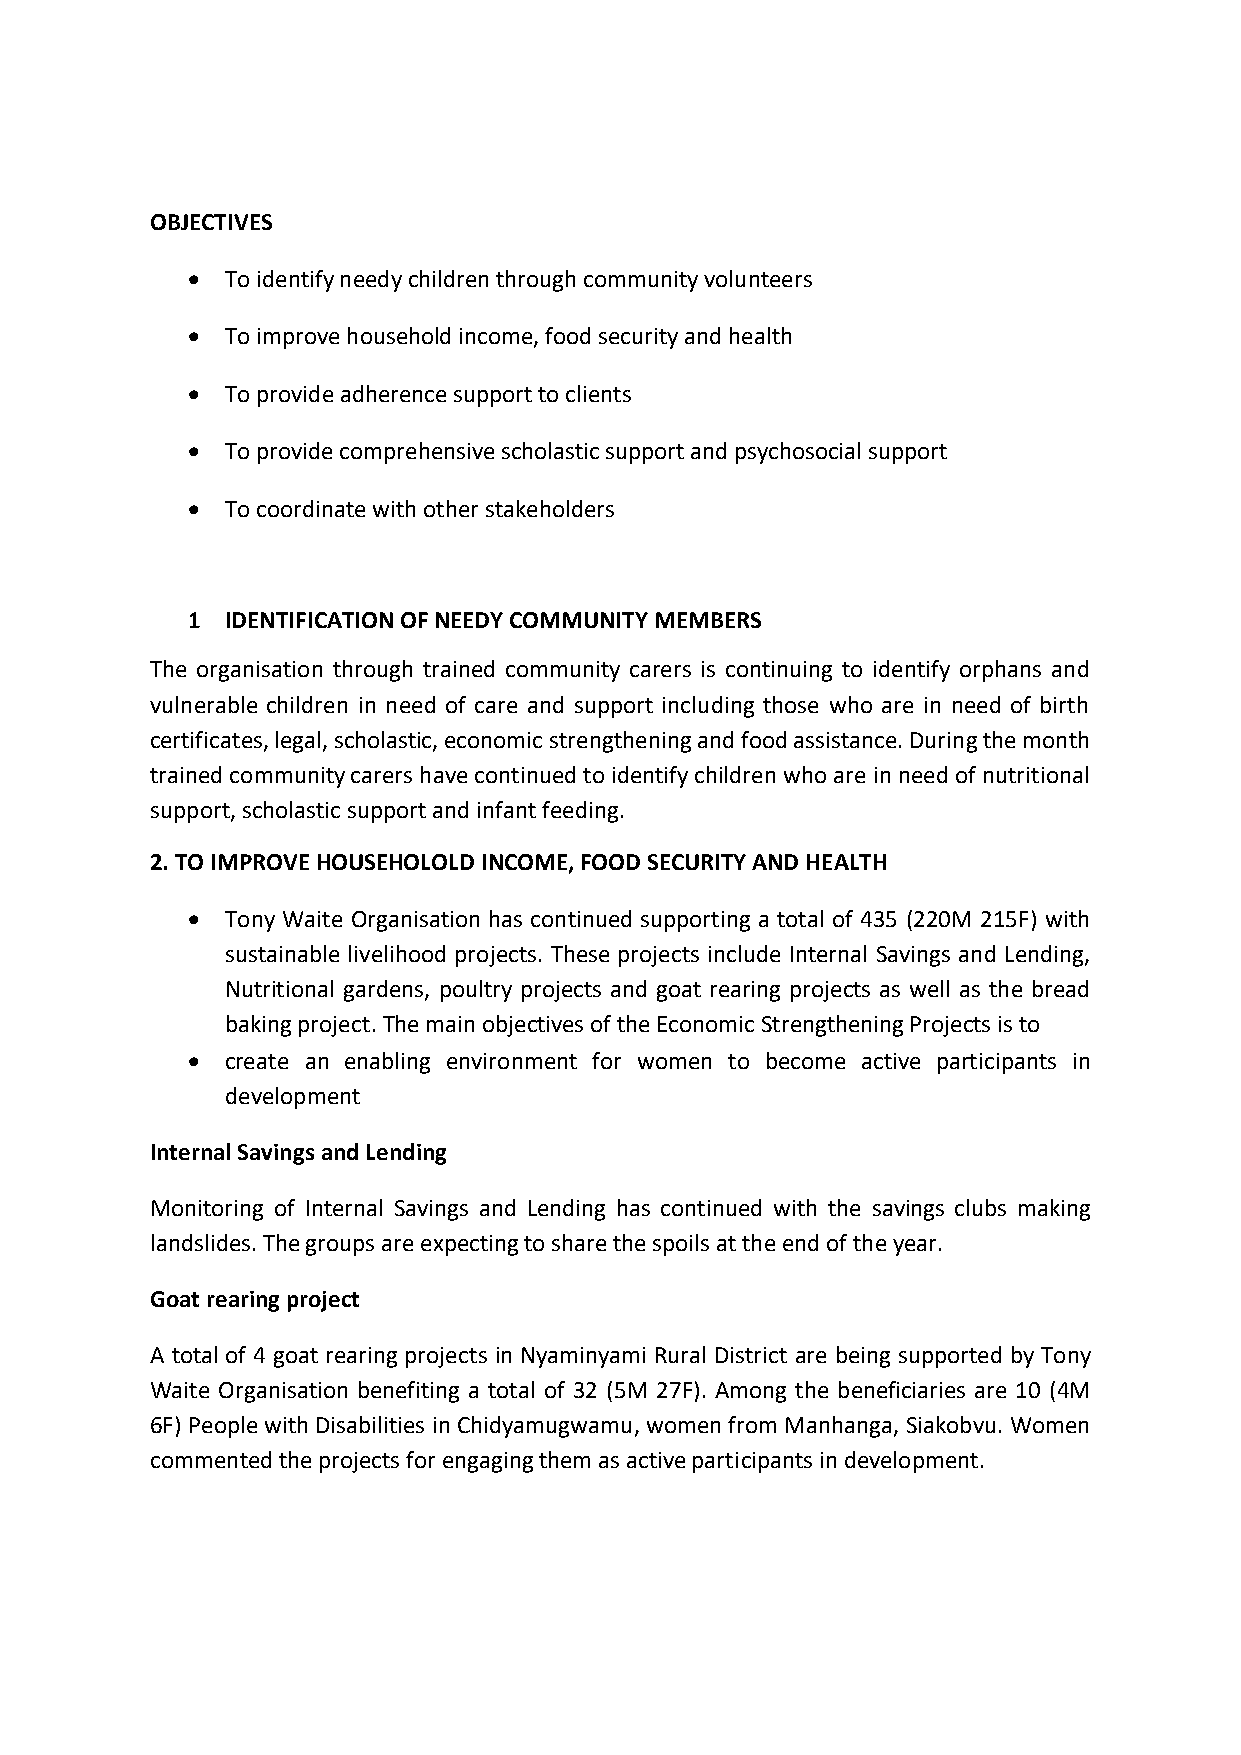
OBJECTIVES
 •  To identify needy children through community volunteers
 •  To improve household income, food security and health
 •  To provide adherence support to clients
 •  To provide comprehensive scholastic support and psychosocial support
 •  To coordinate with other stakeholders
 1  IDENTIFICATION OF NEEDY COMMUNITY MEMBERS
 The organisation through trained community carers is continuing to identify orphans and
 vulnerable children in need of care and support including those who are in need of birth
 certificates, legal, scholastic, economic strengthening and food assistance. During the month
 trained community carers have continued to identify children who are in need of nutritional
 support, scholastic support and infant feeding.
 2. TO IMPROVE HOUSEHOLOLD INCOME, FOOD SECURITY AND HEALTH
 •  Tony Waite Organisation has continued supporting a total of 435 (220M 215F) with
 sustainable livelihood projects. These projects include Internal Savings and Lending,
 Nutritional gardens, poultry projects and goat rearing projects as well as the bread
 baking project. The main objectives of the Economic Strengthening Projects is to
 •  create an enabling environment for women to become active participants in
 development
 Internal Savings and Lending
 Monitoring of Internal Savings and Lending has continued with the savings clubs making
 landslides. The groups are expecting to share the spoils at the end of the year.
 Goat rearing project
 A total of 4 goat rearing projects in Nyaminyami Rural District are being supported by Tony
 Waite Organisation benefiting a total of 32 (5M 27F). Among the beneficiaries are 10 (4M
 6F) People with Disabilities in Chidyamugwamu, women from Manhanga, Siakobvu. Women
 commented the projects for engaging them as active participants in development.